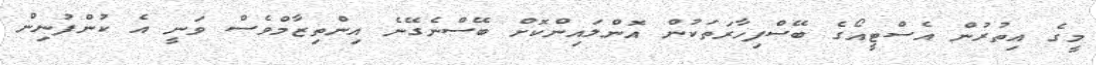
މީގެ އިތުރުން އެސްޓީއޯގެ ބޭސްފިހާރަތަކުން އޮންލައިންކޮށް ބޭސްނެގޭނެ އިންތިޒާމްވެސް ވަނީ އެ ކުންފުނިން